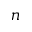
n